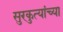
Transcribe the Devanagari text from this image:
सुरकुत्यांच्या